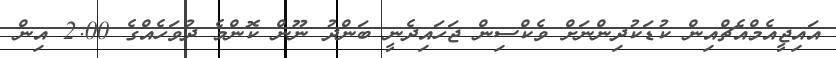
އައިޖީއެމްއެޗްއިން ކުޑަކުދިންނަށް ވެކްސިން ޖަހައިދެނީ ބަންދު ނޫން ކޮންމެ ދުވަހެއްގެ 2:00 އިން